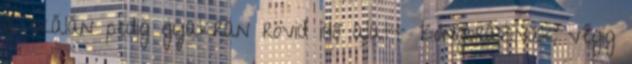
a skálán pedig gyakran rövid idő alatt zongoráznak végig